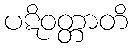
ပဋိဝတ္တာတိ